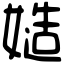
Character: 𡠻